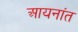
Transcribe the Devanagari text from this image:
आयनांत